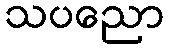
သပညော